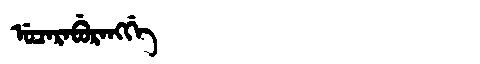
Manchu: ᡠᠴᠠᡵᠠᠪᡠᡵᠠᠩᡤᡝ
Romanization: UCARABURANGGE